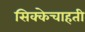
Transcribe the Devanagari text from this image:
सिक्केचाहती